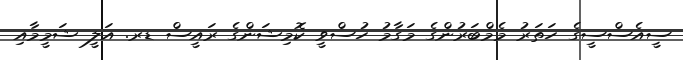
ސީއެސްސީގެ ހަތަރުު މެމްބަރުންގެ މަގާމު ހުސްވީ ކޮމިޝަންގެ ރައީސް ޑރ. އަލީ ޝަމީމާއި